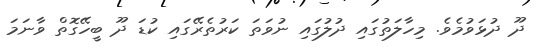
ދޫ ދުޅަވުމެވެ. މިހާލަތުގައި ދުލުގައި ނުވަތަ ކަރުތެރޭގައި ކުޑަ ދޫ ބީހޭގޮތް ވާނަމަ